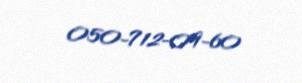
050-712-09-60